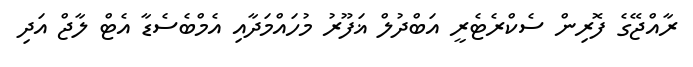
ރާއްޖޭގެ ފޮރިން ސެކްރެޓެރީ އަބްދުލް ޣަފޫރު މުހައްމަދާއި އެމްބެސެޑާ އެޓް ލާޖް އަދި